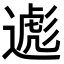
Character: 𬩃